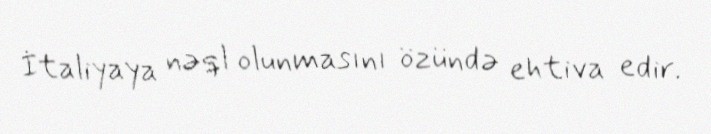
İtaliyaya nəql olunmasını özündə ehtiva edir.